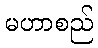
မဟာစည်